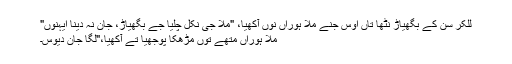
للکر سُن کے بگھیاڑ نٹھا تاں اوس جنے مُلا ہوراں نوں آکھیا، "مُلا جی نکل چلیا جے بگھیاڑ، جان نہ دینا ایہنوں"
مُلا ہوراں متھے توں مُڑھکا پوجھیا تے آکھیا،"لگا جان دیوس۔